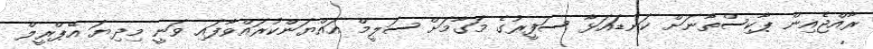
ރާއްޖެއިން ޕާކިސްތާނަށް ކަނޑައަޅާ ސަފީރުގެ މަގާމަށް ސަލީމް އައްޔަންކުރައްވާފައި ވަނީ މިދިޔަ އޭޕްރީލް